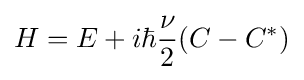
H=E+i\hbar {\frac {\nu }{2}}(C-C^{\ast })